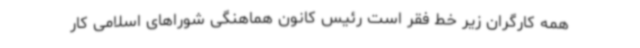
همه کارگران زیر خط فقر است رئیس کانون هماهنگی شوراهای اسلامی کار